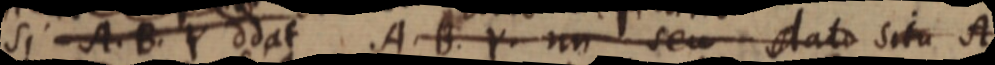
sit A. B. Y ddat AB. Y. un seu dato situ A